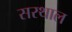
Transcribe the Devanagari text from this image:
सरथाल